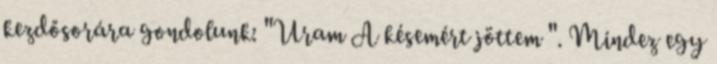
kezdősorára gondolunk: "Uram A késemért jöttem ". Mindez egy